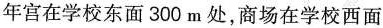
年宫在学校东面300m处，商场在学校西面